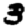
Digit: 3